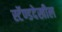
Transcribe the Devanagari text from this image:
स्टॅण्डदेखील